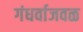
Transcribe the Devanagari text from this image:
गंधर्वाजवळ